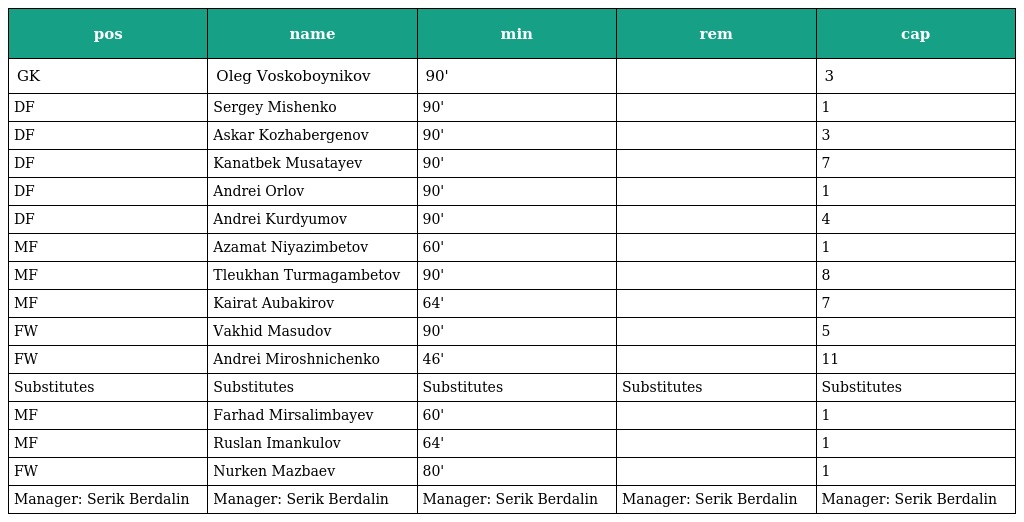
| pos | name | min | rem | cap |
 | --- | --- | --- | --- | --- |
 | GK | Oleg Voskoboynikov | 90' |  | 3 |
 | DF | Sergey Mishenko | 90' |  | 1 |
 | DF | Askar Kozhabergenov | 90' |  | 3 |
 | DF | Kanatbek Musatayev | 90' |  | 7 |
 | DF | Andrei Orlov | 90' |  | 1 |
 | DF | Andrei Kurdyumov | 90' |  | 4 |
 | MF | Azamat Niyazimbetov | 60' |  | 1 |
 | MF | Tleukhan Turmagambetov | 90' |  | 8 |
 | MF | Kairat Aubakirov | 64' |  | 7 |
 | FW | Vakhid Masudov | 90' |  | 5 |
 | FW | Andrei Miroshnichenko | 46' |  | 11 |
 | Substitutes | Substitutes | Substitutes | Substitutes | Substitutes |
 | MF | Farhad Mirsalimbayev | 60' |  | 1 |
 | MF | Ruslan Imankulov | 64' |  | 1 |
 | FW | Nurken Mazbaev | 80' |  | 1 |
 | Manager: Serik Berdalin | Manager: Serik Berdalin | Manager: Serik Berdalin | Manager: Serik Berdalin | Manager: Serik Berdalin |